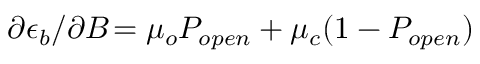
\partial \epsilon _ { b } / \partial B \! = \mu _ { o } P _ { o p e n } + \mu _ { c } ( 1 - P _ { o p e n } )